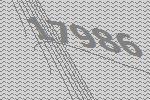
17986